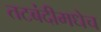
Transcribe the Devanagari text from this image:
तटबंदीमधेच